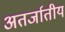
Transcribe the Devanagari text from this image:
अतर्जातीय